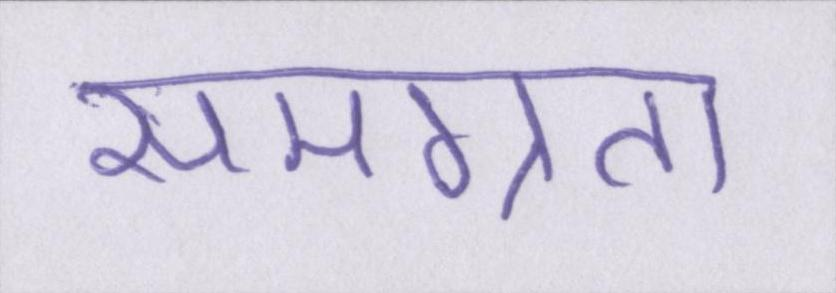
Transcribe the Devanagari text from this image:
समग्रता